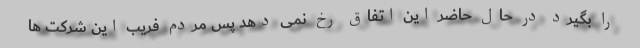
را بگیرد در حال حاضر این اتفاق رخ نمی دهد پس مردم فریب این شرکت ها